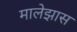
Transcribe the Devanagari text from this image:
मालेझास